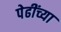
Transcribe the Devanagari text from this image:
पेढींच्या